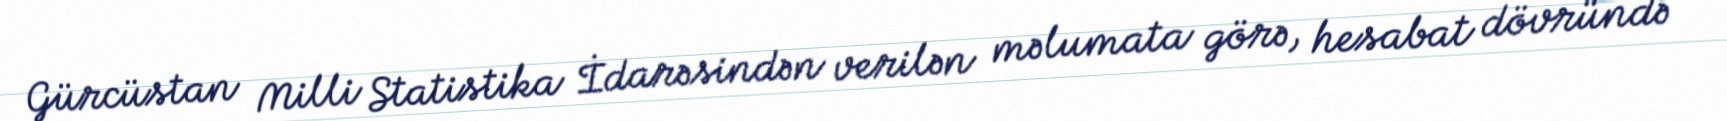
Gürcüstan Milli Statistika İdarəsindən verilən məlumata görə, hesabat dövründə